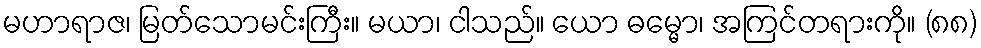
မဟာရာဇ၊ မြတ်သောမင်းကြီး။ မယာ၊ ငါသည်။ ယော ဓမ္မော၊ အကြင်တရားကို။ (၈၈)